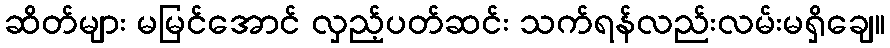
ဆိတ်များ မမြင်အောင် လှည့်ပတ်ဆင်း သက်ရန်လည်းလမ်းမရှိချေ။